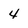
Character: 4